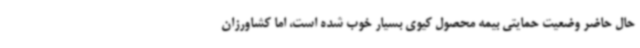
حال حاضر وضعیت حمایتی بیمه محصول کیوی بسیار خوب شده است، اما کشاورزان